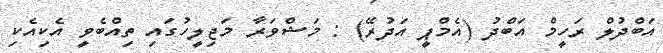
އަބްދުލް ރަހީމް އަބްދު (އެމްޕީ އަދުރޭ) : މަޝްވަރާ މަޖިލީހުގައި ތިއްބެވީ އެކިއެކި